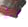
هذا